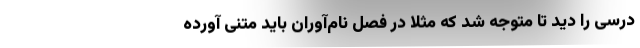
درسی را دید تا متوجه شد که مثلاً در فصل نام­‌آوران باید متنی آورده